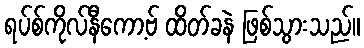
ရပ်စ်ကိုလ်နီကော့ဗ် ထိတ်ခနဲ ဖြစ်သွားသည်။